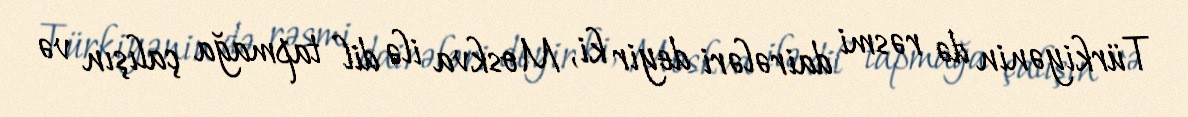
Türkiyənin də rəsmi dairələri deyir ki, Moskva ilə dil tapmağa çalışın və